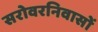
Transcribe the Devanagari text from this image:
सरोवरनिवासों